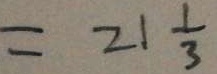
= 2 1 \frac { 1 } { 3 }